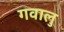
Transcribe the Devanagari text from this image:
गवालु